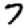
Digit: 7